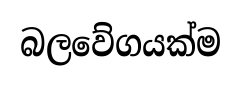
බලවේගයක්ම